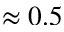
\approx 0 . 5